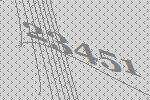
23451